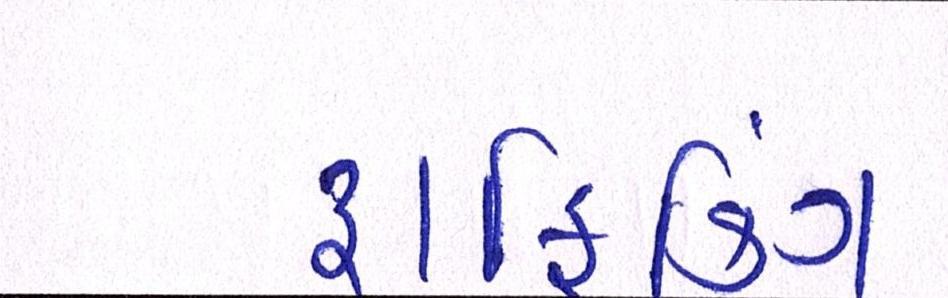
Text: ટ્રાફિકિંગ